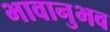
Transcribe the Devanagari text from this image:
भावानुभव